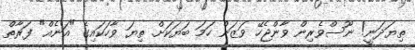
ތިޔަދަނީ! ނޫސްވެރިން ވާންޖެހޭ ވަޒަން ހަމަ ބަޔަކަށް. ތިޔަ ވާހަކައިގެ "އަނެއް" ފަރާތް